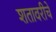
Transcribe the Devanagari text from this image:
शतावरीचे